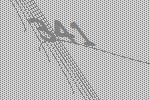
341